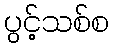
ပွင့်သစ်စ